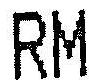
RM